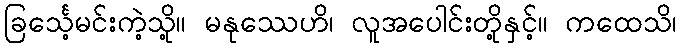
ခြင်္သေ့မင်းကဲ့သို့။ မနုဿေဟိ၊ လူအပေါင်းတို့နှင့်။ ကထေသိ၊